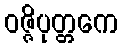
ဝဇ္ဇိပုတ္တကေ